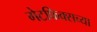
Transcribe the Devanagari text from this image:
गेटफिक्सच्या